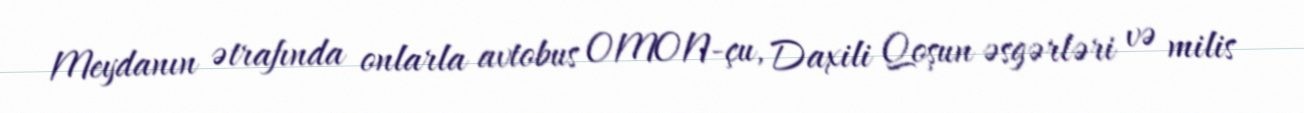
Meydanın ətrafında onlarla avtobus OMON-çu, Daxili Qoşun əsgərləri və milis